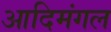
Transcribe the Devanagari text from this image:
आदिमंगल